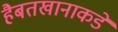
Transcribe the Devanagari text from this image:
हैबतखानाकडे